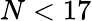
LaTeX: N<17